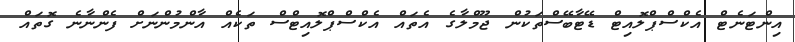
އިންޓަނެޓް އެކްސްޕްލޮއިޓް ޑޭޓާބޭސްތަކުން ޖޫމްލާގެ އެތައް އެކްސްޕްލޮއިޓްސް ތަކެއް އާންމުންނަށް ފެންނާނެ ގޮތައް